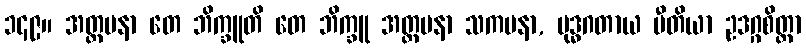
၁၄၉။ အတ္တမနာ တေ ဘိက္ခူတိ တေ ဘိက္ခူ အတ္တမနာ သကမနာ, ဗုဒ္ဓဂတာယ ပီတိယာ ဥဒဂ္ဂစိတ္တာ